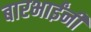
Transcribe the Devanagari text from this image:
बारभाईंनी